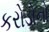
કરોડોનો